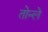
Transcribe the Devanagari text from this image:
तोन्ले